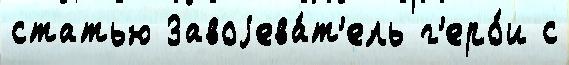
статью Завоjева́т'ель г'еро́и с